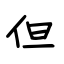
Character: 但